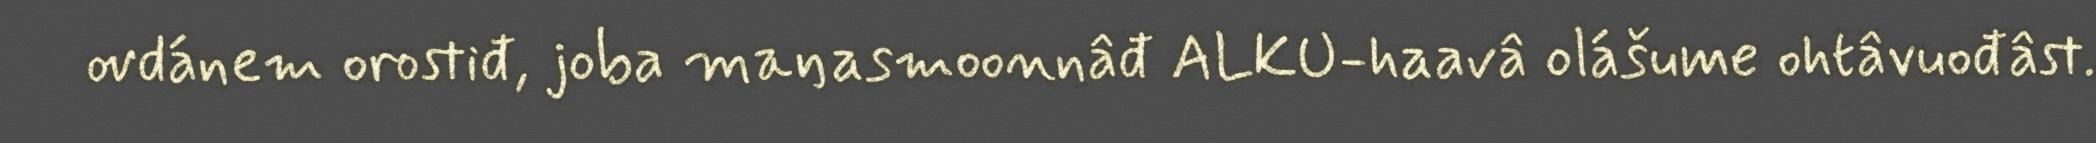
ovdánem orostiđ, joba maŋasmoonnâđ ALKU-haavâ olášume ohtâvuođâst.